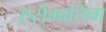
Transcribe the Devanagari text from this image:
एसेम्बलिंग